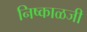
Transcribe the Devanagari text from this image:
निष्काळजी